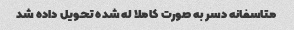
متاسفانه دسر به صورت کاملا له شده تحویل داده شد